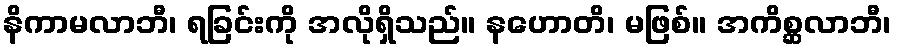
နိကာမလာဘီ၊ ရခြင်းကို အလိုရှိသည်။ နဟောတိ၊ မဖြစ်။ အကိစ္ဆလာဘီ၊